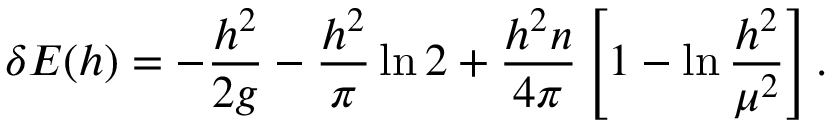
\delta { \cal E } ( h ) = - { \frac { h ^ { 2 } } { 2 g } } - { \frac { h ^ { 2 } } { \pi } } \ln 2 + { \frac { h ^ { 2 } n } { 4 \pi } } \left[ 1 - \ln { \frac { h ^ { 2 } } { \mu ^ { 2 } } } \right] .